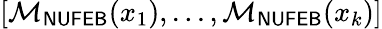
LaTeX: [\mathcal{M}_{\sf NUFEB}(x_{1}),...,\mathcal{M}_{\sf NUFEB}(x_{k})]